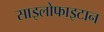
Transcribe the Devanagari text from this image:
साइलोफाइटान